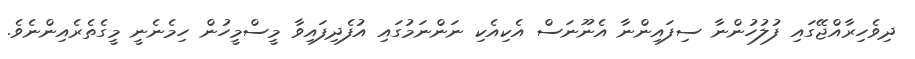
ދިވެހިރާއްޖޭގައި ފުލުހުންނާ ސިފައިންނާ އެނޫނަސް އެކިއެކި ނަންނަމުގައި އުފެދިފައިވާ މީސްމީހުން ހިމެނެނީ މީގެތެރެއިންނެވެ.